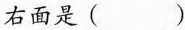
右面是()